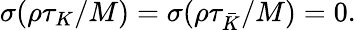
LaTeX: \sigma(\rho\tau_{K}/M)=\sigma(\rho\tau_{\bar{K}}/M)=0.